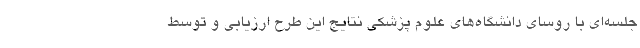
جلسه‌ای با روسای دانشگاه‌های علوم پزشکی نتایج این طرح ارزیابی و توسط